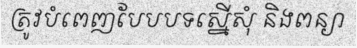
ត្រូវបំពេញបែបបទស្នើសុំ និងពន្យា